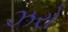
ઝરો